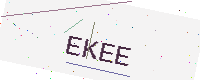
Text: EKEE